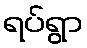
ရပ်ရွာ